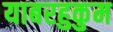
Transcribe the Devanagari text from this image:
याबरहुकुम